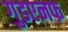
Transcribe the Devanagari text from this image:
गुडएनफ